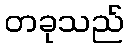
တခုသည်